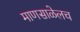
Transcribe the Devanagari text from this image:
माणसाळेलच